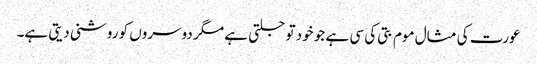
عورت کی مثال موم بتی کی سی ہے جو خود تو جلتی ہے مگر دوسروں کو روشنی دیتی ہے۔